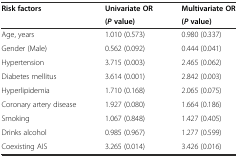
<table><thead><tr><td rowspan="2"><b>Risk factors</b></td><td><b>Univariate OR</b></td><td><b>Multivariate OR</b></td></tr><tr><td><b>(<i>P</i>value)</b></td><td><b>(<i>P</i>value)</b></td></tr></thead><tbody><tr><td>Age, years</td><td>1.010 (0.573)</td><td>0.980 (0.337)</td></tr><tr><td>Gender (Male)</td><td>0.562 (0.092)</td><td>0.444 (0.041)</td></tr><tr><td>Hypertension</td><td>3.715 (0.003)</td><td>2.465 (0.062)</td></tr><tr><td>Diabetes mellitus</td><td>3.614 (0.001)</td><td>2.842 (0.003)</td></tr><tr><td>Hyperlipidemia</td><td>1.710 (0.168)</td><td>2.065 (0.075)</td></tr><tr><td>Coronary artery disease</td><td>1.927 (0.080)</td><td>1.664 (0.186)</td></tr><tr><td>Smoking</td><td>1.067 (0.848)</td><td>1.427 (0.405)</td></tr><tr><td>Drinks alcohol</td><td>0.985 (0.967)</td><td>1.277 (0.599)</td></tr><tr><td>Coexisting AIS</td><td>3.265 (0.014)</td><td>3.426 (0.016)</td></tr></tbody></table>